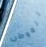
الموطن